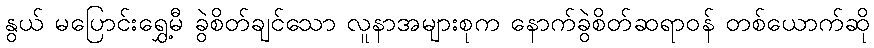
နွယ် မပြောင်းရွှေ့မီ ခွဲစိတ်ချင်သော လူနာအများစုက နောက်ခွဲစိတ်ဆရာဝန် တစ်ယောက်ဆို